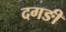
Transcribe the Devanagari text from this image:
दगङी